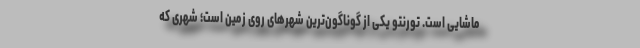
ماشایی است. تورنتو یکی از گوناگون‌ترین شهرهای روی زمین است؛ شهری که